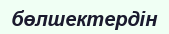
бөлшектердін